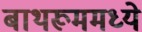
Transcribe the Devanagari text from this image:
बाथरूममध्ये